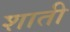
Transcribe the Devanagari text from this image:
शाती